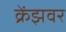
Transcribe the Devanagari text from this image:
क्रेंझवर